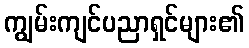
ကျွမ်းကျင်ပညာရှင်များ၏